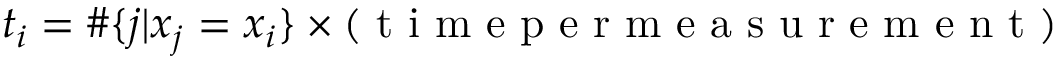
t _ { i } = \# \{ j | x _ { j } = x _ { i } \} \times ( \textup { t i m e p e r m e a s u r e m e n t } )